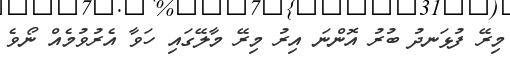
މިރޭ ފުޅަނދު ބުރު އޮންނަ އިރު މިރޭ މާލޭގައި ހަވާ އެރުވުމެއް ނޯވެ